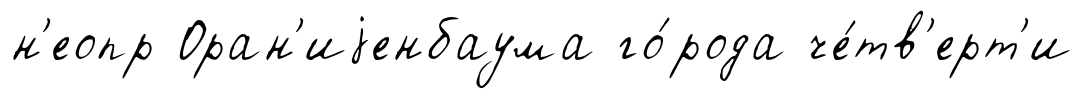
н'еопр Оран'иjенбаума го́рода че́тв'ерт'и